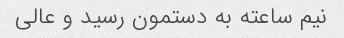
نیم ساعته به دستمون رسید و عالی